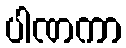
ပါဏကာ